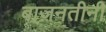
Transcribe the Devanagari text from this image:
बाज़नतीनी